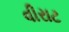
વીરાટ